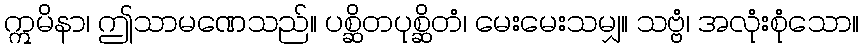
ဣမိနာ၊ ဤသာမဏေသည်။ ပစ္ဆိတပုစ္ဆိတံ၊ မေးမေးသမျှ။ သဗ္ဗံ၊ အလုံးစုံသော။